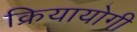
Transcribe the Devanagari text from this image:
क्रियायोगी